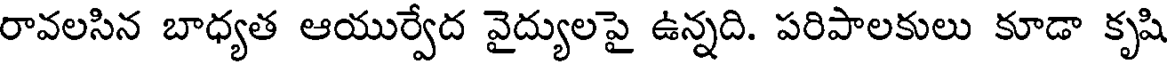
రావలసిన బాధ్యత ఆయుర్వేద వైద్యులపై ఉన్నది. పరిపాలకులు కూడా కృషి